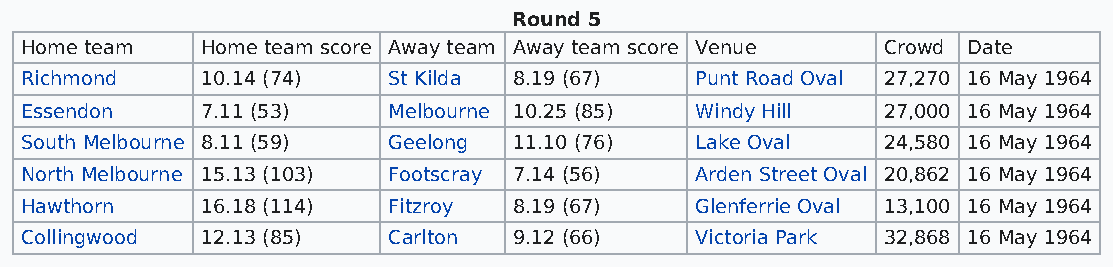
Round 5
 Home team   Home team score Away team Away team score Venue Crowd Date
 Richmond    10.14 (74)   St Kilda 8.19 (67)  Punt Road Oval 27,270 16 May 1964
 Essendon    7.11 (53)    Melbourne 10.25 (85) Windy Hill 27,000 16 May 1964
 South Melbourne 8.11 (59) Geelong 11.10 (76) Lake Oval   24,580 16 May 1964
 North Melbourne 15.13 (103) Footscray 7.14 (56) Arden Street Oval 20,862 16 May 1964
 Hawthorn    16.18 (114)  Fitzroy 8.19 (67)   Glenferrie Oval 13,100 16 May 1964
 Collingwood 12.13 (85)   Carlton 9.12 (66)   Victoria Park 32,868 16 May 1964